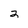
Character: 2